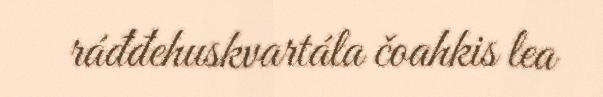
ráđđehuskvartála čoahkis lea